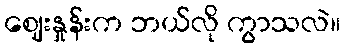
ဈေးနှုန်းက ဘယ်လို ကွာသလဲ။